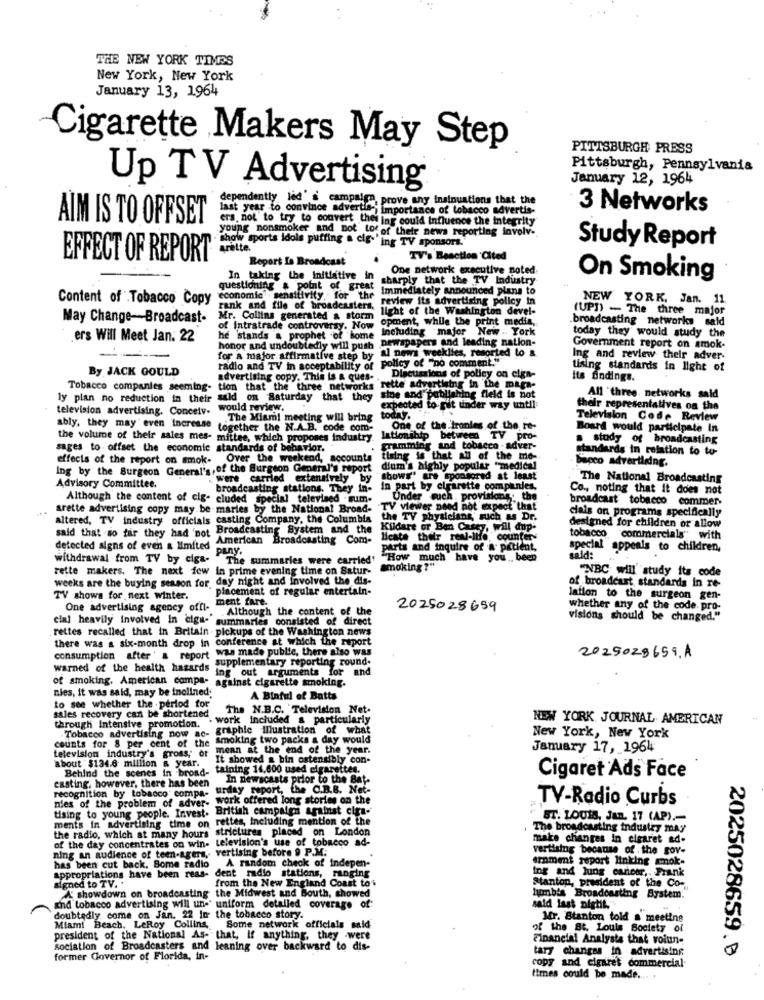
THE NEW YORK TIMES
New York, New York
January 13, 1964
Cigarette Makers May Step
PITTSBURGH PRESS
Pittsburgh, Pennsylvania
January 12, 1964
Up TV Advertising
dependently led's campaign
Pain, prove any insinuations that the
last year to convince advertis ;
is importance of tobacco advertis-
3 Networks
AIM IS TO OFFSET
ers. not to try to convert thei ing could Influence the integrity
young nonsmoker and not tofor
show sports idols puffing a cie," offtheir news reporting involv.
ing TV sponsors.
arette.
Study Report
EFFECT OF REPORT
Report Is Broadcast
TV's Beaction 'Cited
One network executive noted
In taking the initiative in
sharply that the TV Industry
On Smoking
questioning & point of great
Immediately announced plans to
Content of Tobacco Copy
economic . sensitivity for the
review its advertising policy in
NEW YORK, Jan. 11
rank and file of broadcasters,
light of the Washington devel-
(UPD) - The three major
May Change-Broadcast-
Mr. Collins generated a storm
of Intratrade controversy. Now opment, while the print media,
.broadcasting networks sald
he stands a prophet of home including 'major New York
today they would study the
ers Will Meet Jan. 22
newspapers and leading nation-
honor and undoubtedly will push
al news weeklies, resorted lo &
Government report on amok-
for a major affirmative step by
Ing and review their adver-
By JACK GOULD
radio and TV in acceptability of
tising standards in light of
advertising copy. This is & ques-
Discussions of polley on ciga-
its findings.
Tobacco companies seeming-
tion that the three networks rette advertising in the maga-
ly plan no reduction in their
said on Saturday that they
d'publishing fleld is not
All three networks sald
television advertising. Conceiv-
would review.
expected to F
to Fut under way until:
their representatives on the
The Miami meeting will bring
today.
Television Code Review
ably, they may even increase
together the N.A.B. code com-
One of the ironles of the re-
Board would participate In
the volume of their sales mes- mittee, which proposes industry.
lationship between TV pro-
a study of broadcasting
sages to offset the economic standards of behavior.
and tobacco -adver-
standards in relation to to-
effects of the report on smok- Over the weekend, accounts
timing is that all of the me-
bacco advertising.
Ing by the Surgeon General's, of the Surgeon General's report
dium's highly popular "medical
were carried extensively
shows" are sponsors
ondorad at least
The National Broadcasting
Advisory Committee.
broadcasting stations. They in-
In part by cigarette companies.
Co ., noting that it does not
Although the content of cig- cluded special televised . sum-
Under much . provisions the
broadcast tobacco commer-
arette advertising copy may be maries by the National Broad-
TV viewer need not expect that
cials on programs specifically
altered, TV industry officials casting Company, the Columbia the TV physicians, such as Dr.
designed for children or allow
Broadcasting System and the
Kildare or Ben Casey, will dup-
said that so far they had 'not Br
American Broadcasting Com-
licate their real-life, counters
tobacco
"commercials" with
detected signs of even a limited
pany.
parts and inquire of a- pitient,
special appeals to children,
withdrawal from TV by cigs. The summaries were carried'
"How much have you. been
sald:
rette makers. The next few in prime evening time on Satur-
making?"
"NBC will' study its code
weeks are the buying season for, day night and involved the dis-
of broadcast standards in re-
placement of regular entertain-
TV shows for next winter.
ment fare.
lation to the surgeon gen-
One advertising agency offi-
Although the content of the
2025028659
whether any of the code. pro-
cial heavily Involved in cigs- summaries consisted of direct
visions should be changed."
rettes recalled that in Britain pickups of the Washington news
there was a six-month drop in conference at which the report
was made public, there also was
supplementary reporting round.
2025028659.A
warned of the health hazards
ing out arguments for and
of smoking. American compa-
against cigarette smoking.
nies, it was said, may be inolined.
A Binful of Batts
to see whether the period for
The N.B.C. Television Net.
sales recovery can be shortened
through Intensive promotion.
-work Included a particularly
NEW YORK JOURNAL. AMERICAN
Tobacco advertising now ac-
graphic Illustration of what
counts for 8 per cent of the smoking two packs a day would
New York, New York
television industry's gross, or
mean at the end of the year.
January 17, 1964
about $134.6 million & year.
It showed a bin ostensibly con-
Behind the scenes in broad-
taining 14,600 used cigarettes.
casting, however, there has been
In newscasts prior to the Bat-
Cigaret Ads Face
recognition by tobacco compa- urday report, th
port, the C.B.B. Net-
nies of the problem of adver-
work offered long stories on the
TV-Radio Curbs
tising to young people. Invest. British campaign against cira-
rettes, Including mention of the
ST. LOUIS, Jan. 17 (AP) .-
the radio, which at many hours strictures placed on London
The broadcasting industry may
of the day concentrates on win- television's use of tobacco ad-
make changes in clearet ad-
ning an audience of teen-agera, vertising before 9 P.M.
vertising because of . the gov-
A random check of indepen-
ernment report linking amok-
has been cut back. Some radio
Appropriations have been reas- dent radio stations, ranging
Ing and lung cancer, Frank
signed to TV. .
from the New England Coast toi
Stanton, president of the Co-
A showdown on broadcasting the Midwest and Bouth, showed
humbts Broadcasting System.
and tobacco advertising will un-" uniform detailed coverage of:
said last night."
doubtedly come on Jan. 22 In the tobacco story.
Some network officials said
Mr. Stanton told a meeting
Miami Beach. LeRoy Collins
of the St. Louis Society of
president of the National As- that, If anything, they were
Financial Analysta that voiun-
sociation of Broadcasters and leaning over backward to dis-
tary changes in advertising
2025028659. B
former Governor of Florida, in-
copy and cigaret commercial
times could be made .... .